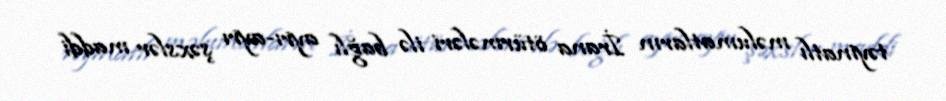
təyinatlı məlumatların İrana ötürmələri ilə bağlı ayrı-ayrı şəxslər maddi